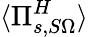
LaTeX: \langle\Pi_{s,S\Omega}^{H}\rangle